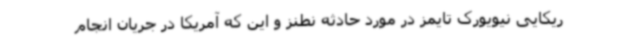
ریکایی نیویورک تایمز در مورد حادثه نطنز و این که آمریکا در جریان انجام